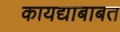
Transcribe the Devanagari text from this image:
कायद्याबाबत